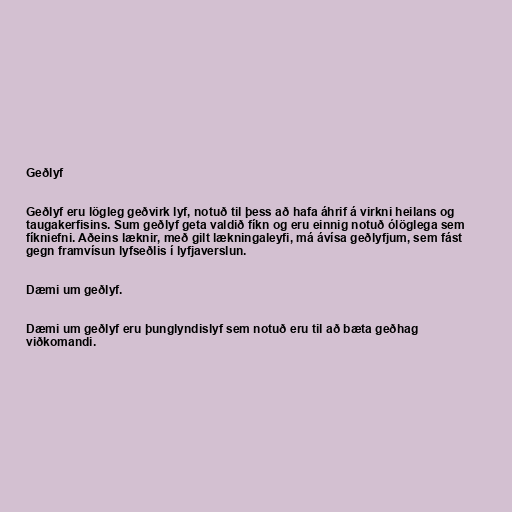
Geðlyf

Geðlyf eru lögleg geðvirk lyf, notuð til þess að hafa áhrif á virkni heilans og
taugakerfisins. Sum geðlyf geta valdið fíkn og eru einnig notuð ólöglega sem
fíkniefni. Aðeins læknir, með gilt lækningaleyfi, má ávísa geðlyfjum, sem fást
gegn framvísun lyfseðlis í lyfjaverslun.

Dæmi um geðlyf.

Dæmi um geðlyf eru þunglyndislyf sem notuð eru til að bæta geðhag
viðkomandi.